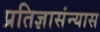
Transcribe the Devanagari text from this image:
प्रतिज्ञासंन्यास